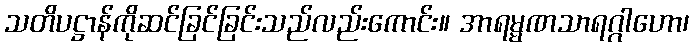
သတိပဋ္ဌာန်ကိုဆင်ခြင်ခြင်းသည်လည်းကောင်း။ အာရမ္မဏသာရဂ္ဂါဟော၊